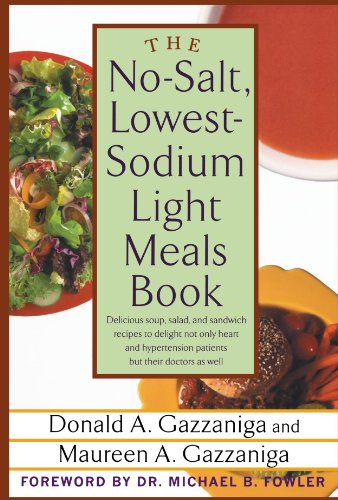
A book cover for The No-Salt, Lowest-Sodium Light Meals Book; Donald A. Gazzaniga; Cookbooks, Food & Wine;